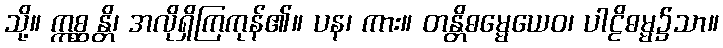
သို့။ ဣစ္ဆန္တိ၊ အလိုရှိကြကုန်၏။ ပန၊ ကား။ တန္တိဓမ္မေယေဝ၊ ပါဠိဓမ္မ၌သာ။